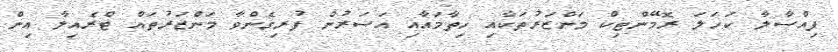
ފިއްސާލާ ކަހަލަ ރޮމޭންޓިކް މަންޒަރުތަކާއި ހިތާމައާއި އަސަރުން ފުރިގެންވާ މަންޒަރުތައް ޓްރެއިލާ އިން